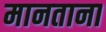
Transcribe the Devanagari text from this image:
मानताना